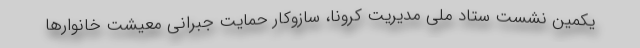
یکمین نشست ستاد ملی مدیریت کرونا، سازوکار حمایت جبرانی معیشت خانوارها